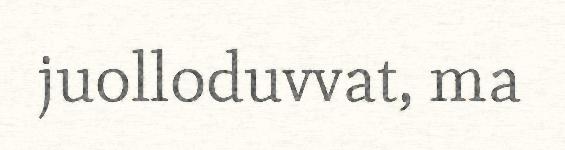
juolloduvvat, ma